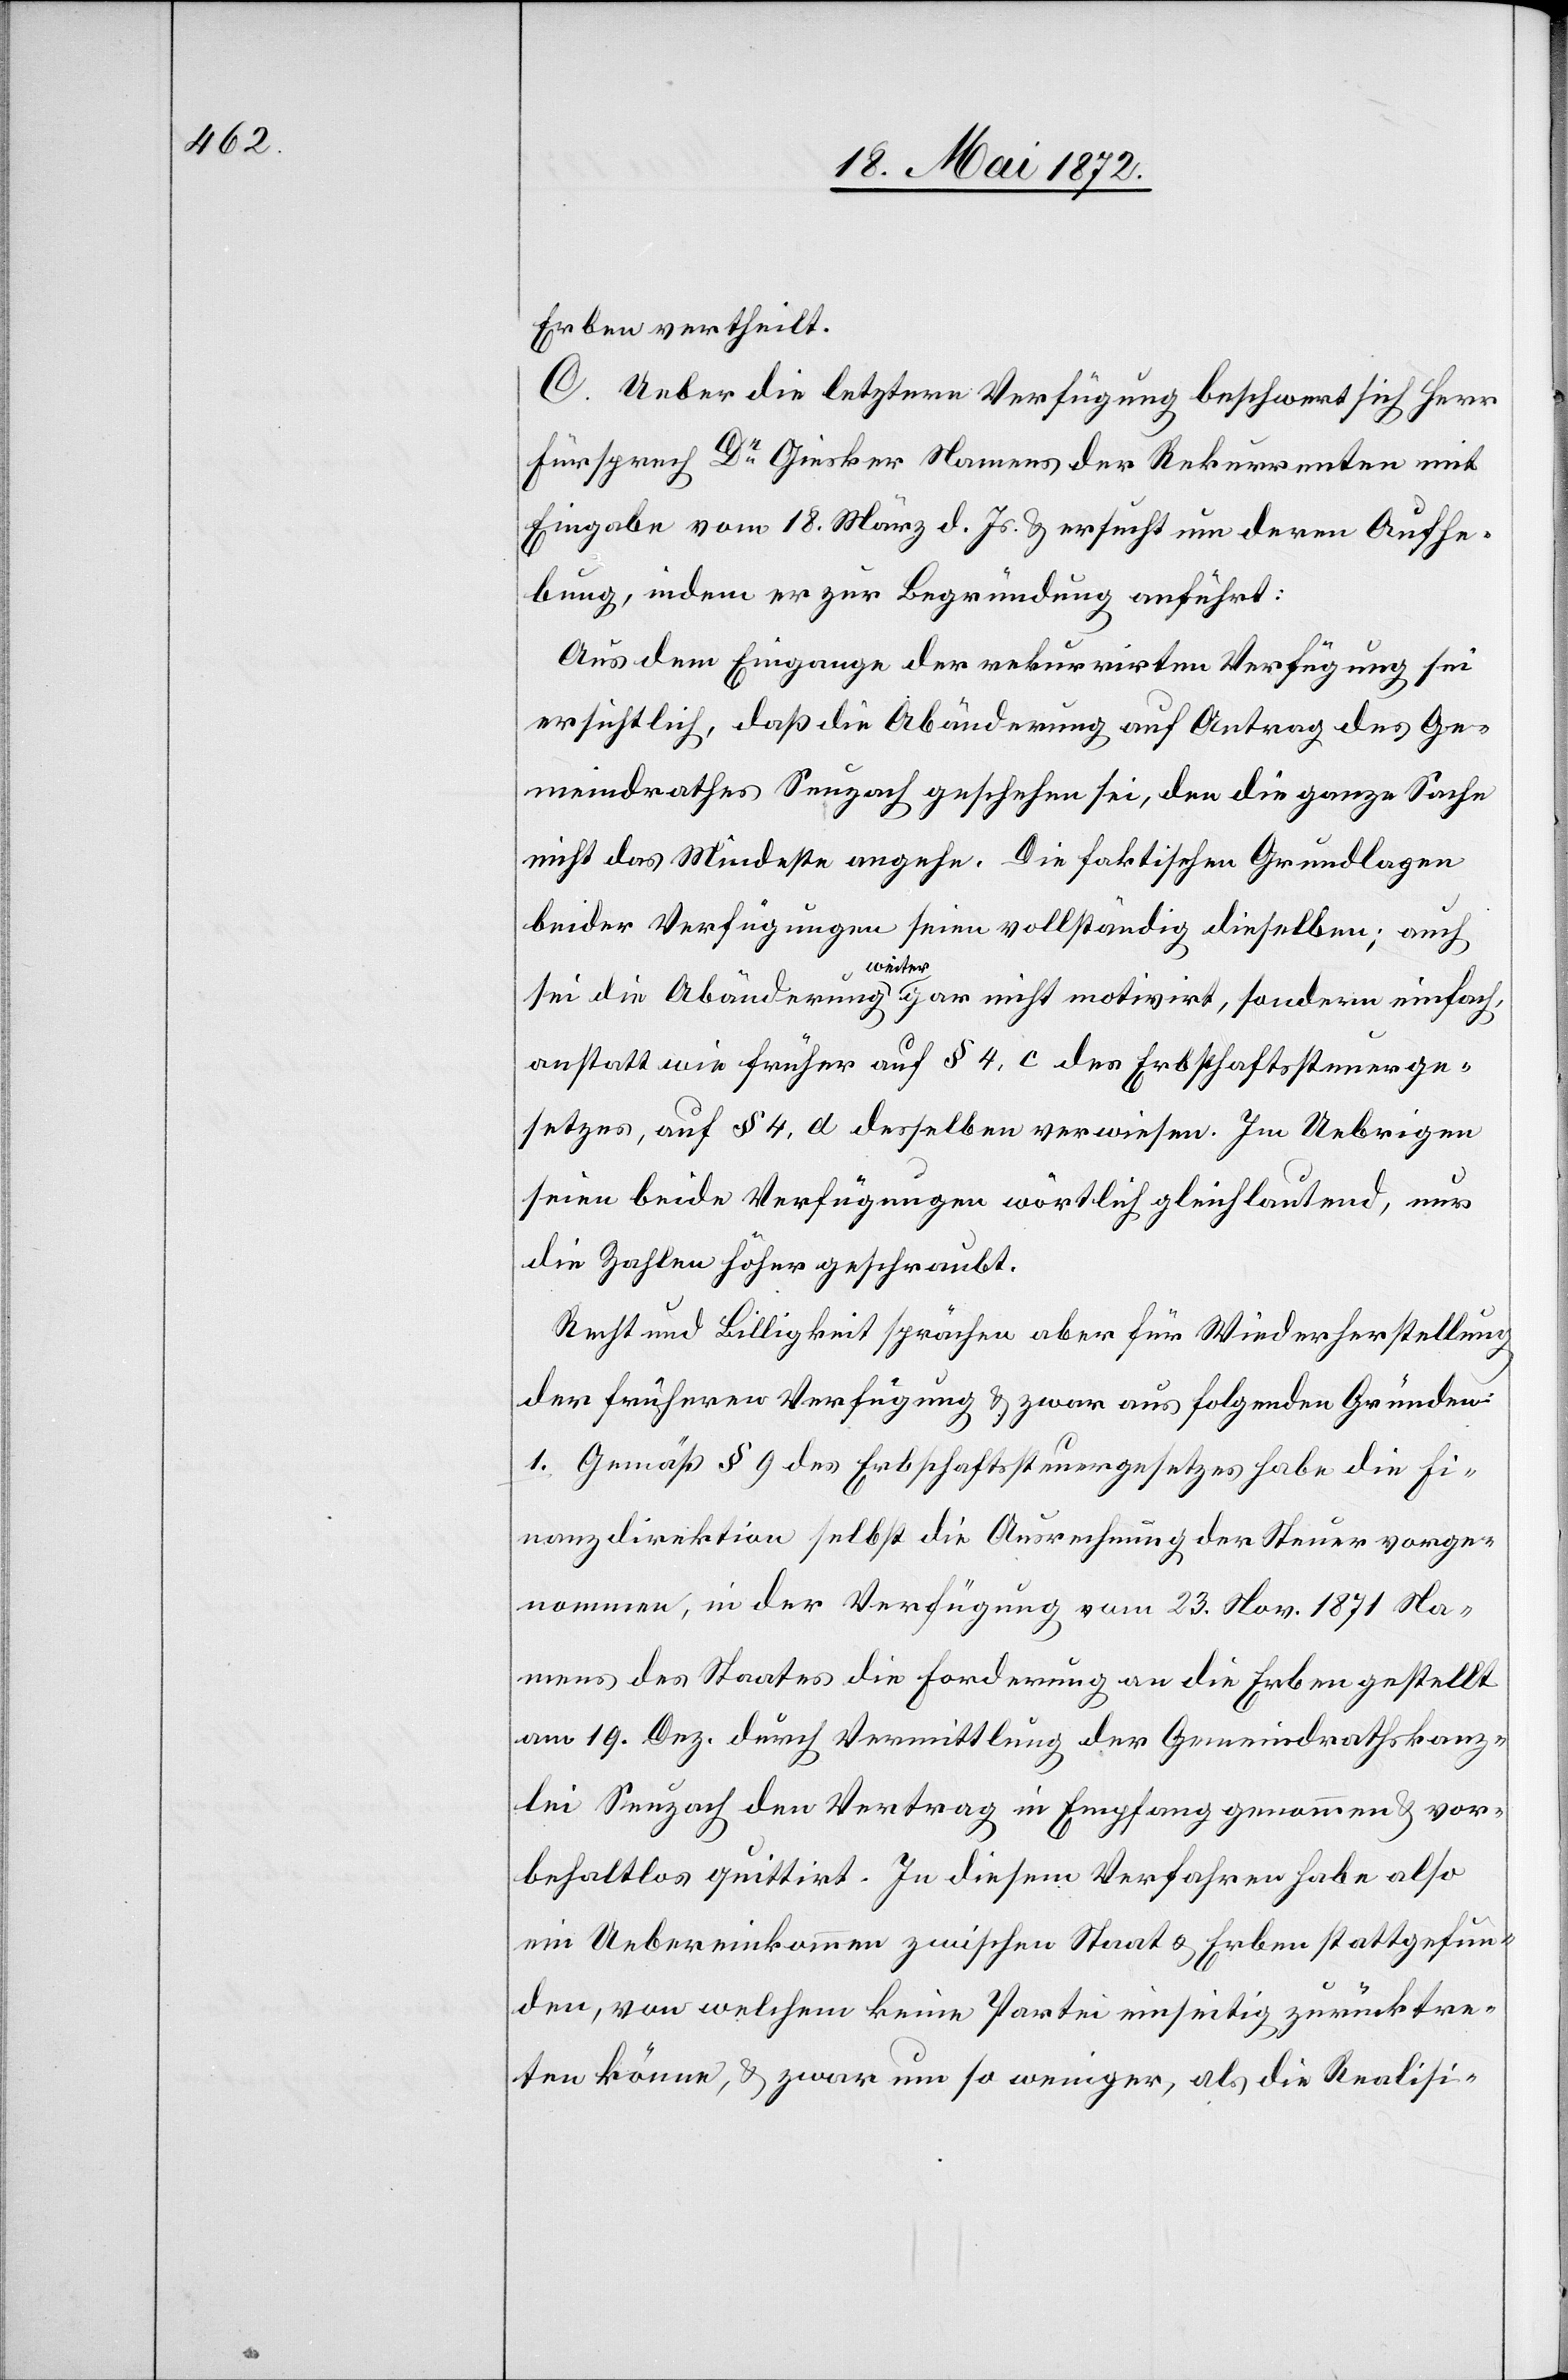
Erben vertheilt.
C. Ueber die letztere Verfügung beschwert sich Herr
Fürsprech Dr Giesker Namens der Rekurrenten mit
Eingabe vom 18. März d. Js. u. ersucht um deren Aufhe¬
bung, indem er zur Begründung anführt:
Aus dem Eingange der rekurrirten Verfügung sei
ersichtlich, daß die Abänderung auf Antrag des Ge¬
meindrathes Seuzach geschehen sei, den die ganze Sache
nicht das Mindeste angehe. Die faktischen Grundlagen
beider Verfügungen seien vollständig dieselben; auch
sei die Abänderung weiter gar nicht motivirt, sondern einfach,
anstatt wie früher auf § 4, c des Erbschaftssteuerge¬
setzes, auf § 4, d desselben verwiesen. Im Uebrigen
seien beide Verfügungen wörtlich gleichlautend, nur
die Zahlen höher geschraubt.
Recht und Billigkeit sprächen aber für Wiederherstellung
der früheren Verfügung u. zwar aus folgenden Gründen:
1. Gemäß § 9 des Erbschaftssteuergesetzes habe die Fi¬
nanzdirektion selbst die Ausrechnung der Steuer vorge¬
nommen, in der Verfügung vom 23. Nov. 1871 Na¬
mens des Staates die Forderung an die Erben gestellt[,]
am 19. Dez. durch Vermittlung der Gemeindrathskanz¬
lei Seuzach den Vertrag in Empfang genommen u. vor¬
behaltlos quittirt. In diesem Verfahren habe also
ein Uebereinkommen zwischen Staat u. Erben stattgefun¬
den, von welchem keine Partei einseitig zurücktre¬
ten könne, u. zwar um so weniger, als die Realisi-